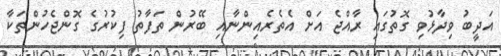
އަދީބު ވިދާޅުވި ގޮތުގައި ރާއްޖެ އަށް އެތެރެއިންނާއި ބޭރުން ތަފާތު ފިކުރުގެ ގޮންޖެހުންތަކާ